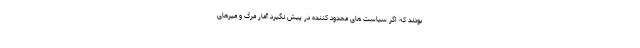
بودند که اگر سیاست های محدود کننده در پیش نگیرد آمار مرگ و میرهای